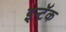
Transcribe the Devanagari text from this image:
इन्टॅक